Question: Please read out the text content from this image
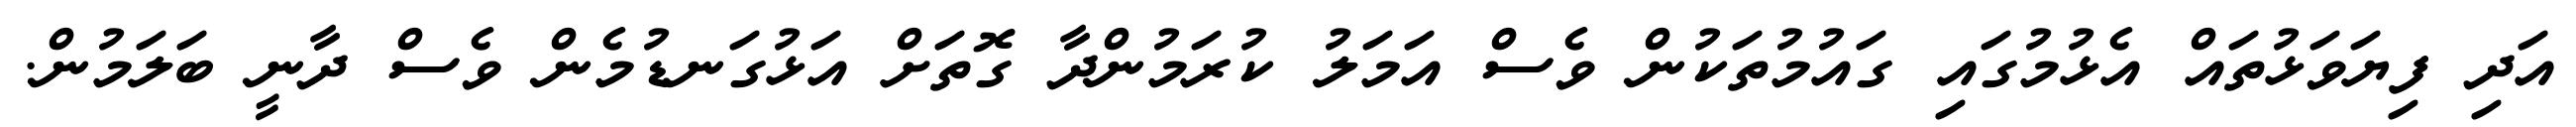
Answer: އަދި ފިޔަވަޅުތައް އެޅުމުގައި ގައުމުތަކުން ވެސް އަމަލު ކުރަމުންދާ ގޮތަށް އަޅުގަނޑުމެން ވެސް ދާނީ ބަލަމުން.